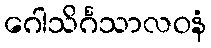
ဂေါသိင်္ဂသာလဝနံ